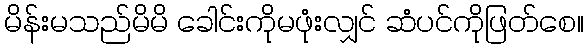
မိန်းမသည်မိမိ ခေါင်းကိုမဖုံးလျှင် ဆံပင်ကိုဖြတ်စေ။